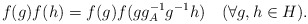
\begin{align*}f(g)f(h)=f(g)f(gg^{-1}_{A}g^{-1}h) ~~~(\forall g,h\in H).\end{align*}